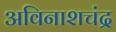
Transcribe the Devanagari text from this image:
अविनाशचंद्र